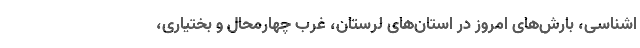
اشناسی، بارش‌های امروز در استان‌های لرستان، غرب چهارمحال و بختیاری،